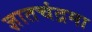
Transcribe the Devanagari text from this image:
ज्ञातचंद्रमा